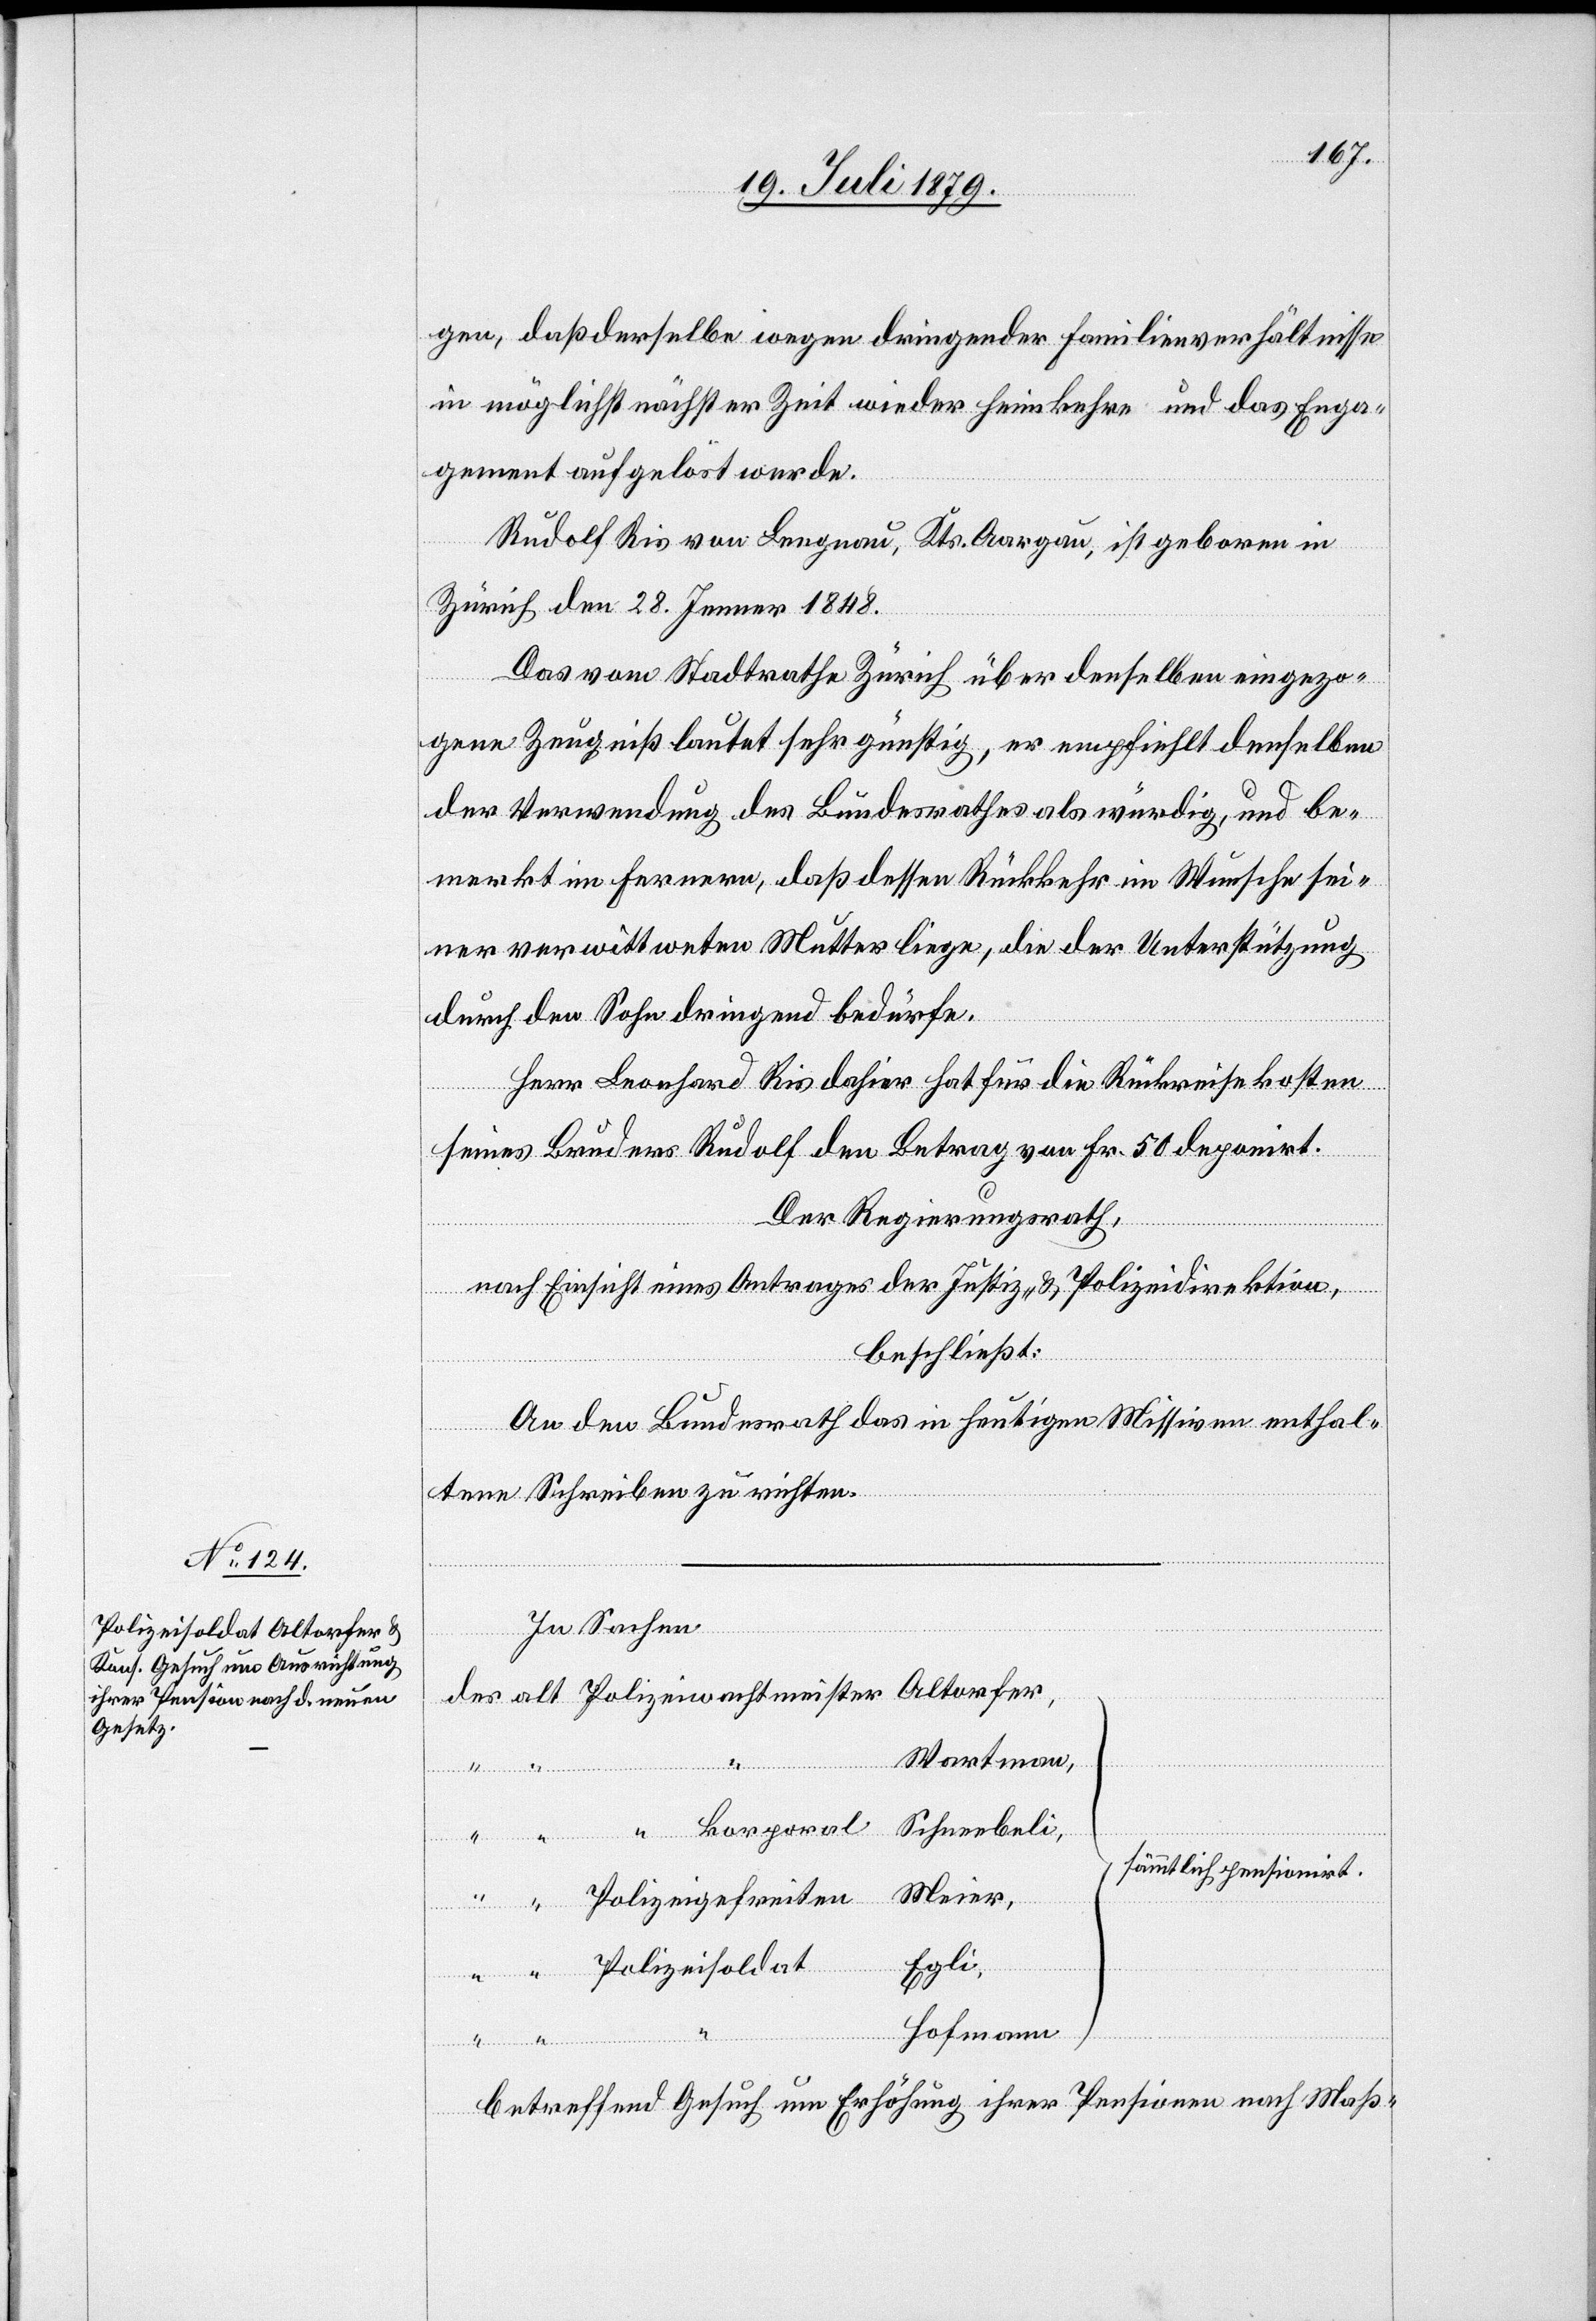
alt

gen, daß derselbe wegen dringender Familienverhältnisse
in möglichst nächster Zeit wieder heimkehre und das Enga¬
gement aufgelöst werde.
Rudolf Ris von Lengnau, Kts. Aargau, ist geboren in
Zürich den 28. Jenner 1848.
Das vom Stadtrathe Zürich über denselben eingezo¬
gene Zeugniß lautet sehr günstig, er empfiehlt denselben
der Verwendung des Bundesrathes als würdig, und be¬
merkt im Fernern, daß dessen Rückkehr im Wunsche sei¬
ner verwittweten Mutter liege, die der Unterstützung
durch den Sohn dringend bedürfe.
Herr Leonhard Ris dahier hat für die Rückreisekosten
seines Bruders Rudolf den Betrag von Fr. 50 deponirt.
Der Regierungsrath,
des
nach Einsicht eines Antrages der Justiz- & Polizeidirektion,
beschließt:
An den Bundesrath das in heutigen Missiven enthal¬
“
“
tene Schreiben zu richten:
In Sachen
Wartman,
Alto¬
rfer,
Schneebeli,
sämmtlich pensionirt.
Meier,
Polizeigefreiten
Egli,
Polizeisoldat
Hofmann
betreffend Gesuch um Erhöhung ihrer Pension nach Maß-